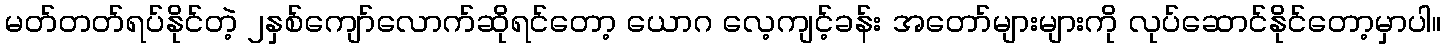
မတ်တတ်ရပ်နိုင်တဲ့ ၂နှစ်ကျော်လောက်ဆိုရင်တော့ ယောဂ လေ့ကျင့်ခန်း အတော်များများကို လုပ်ဆောင်နိုင်တော့မှာပါ။